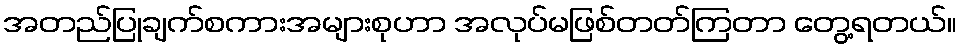
အတည်ပြုချက်စကားအများစုဟာ အလုပ်မဖြစ်တတ်ကြတာ တွေ့ရတယ်။